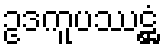
ဥဒကူပဿဋ္ဌံ